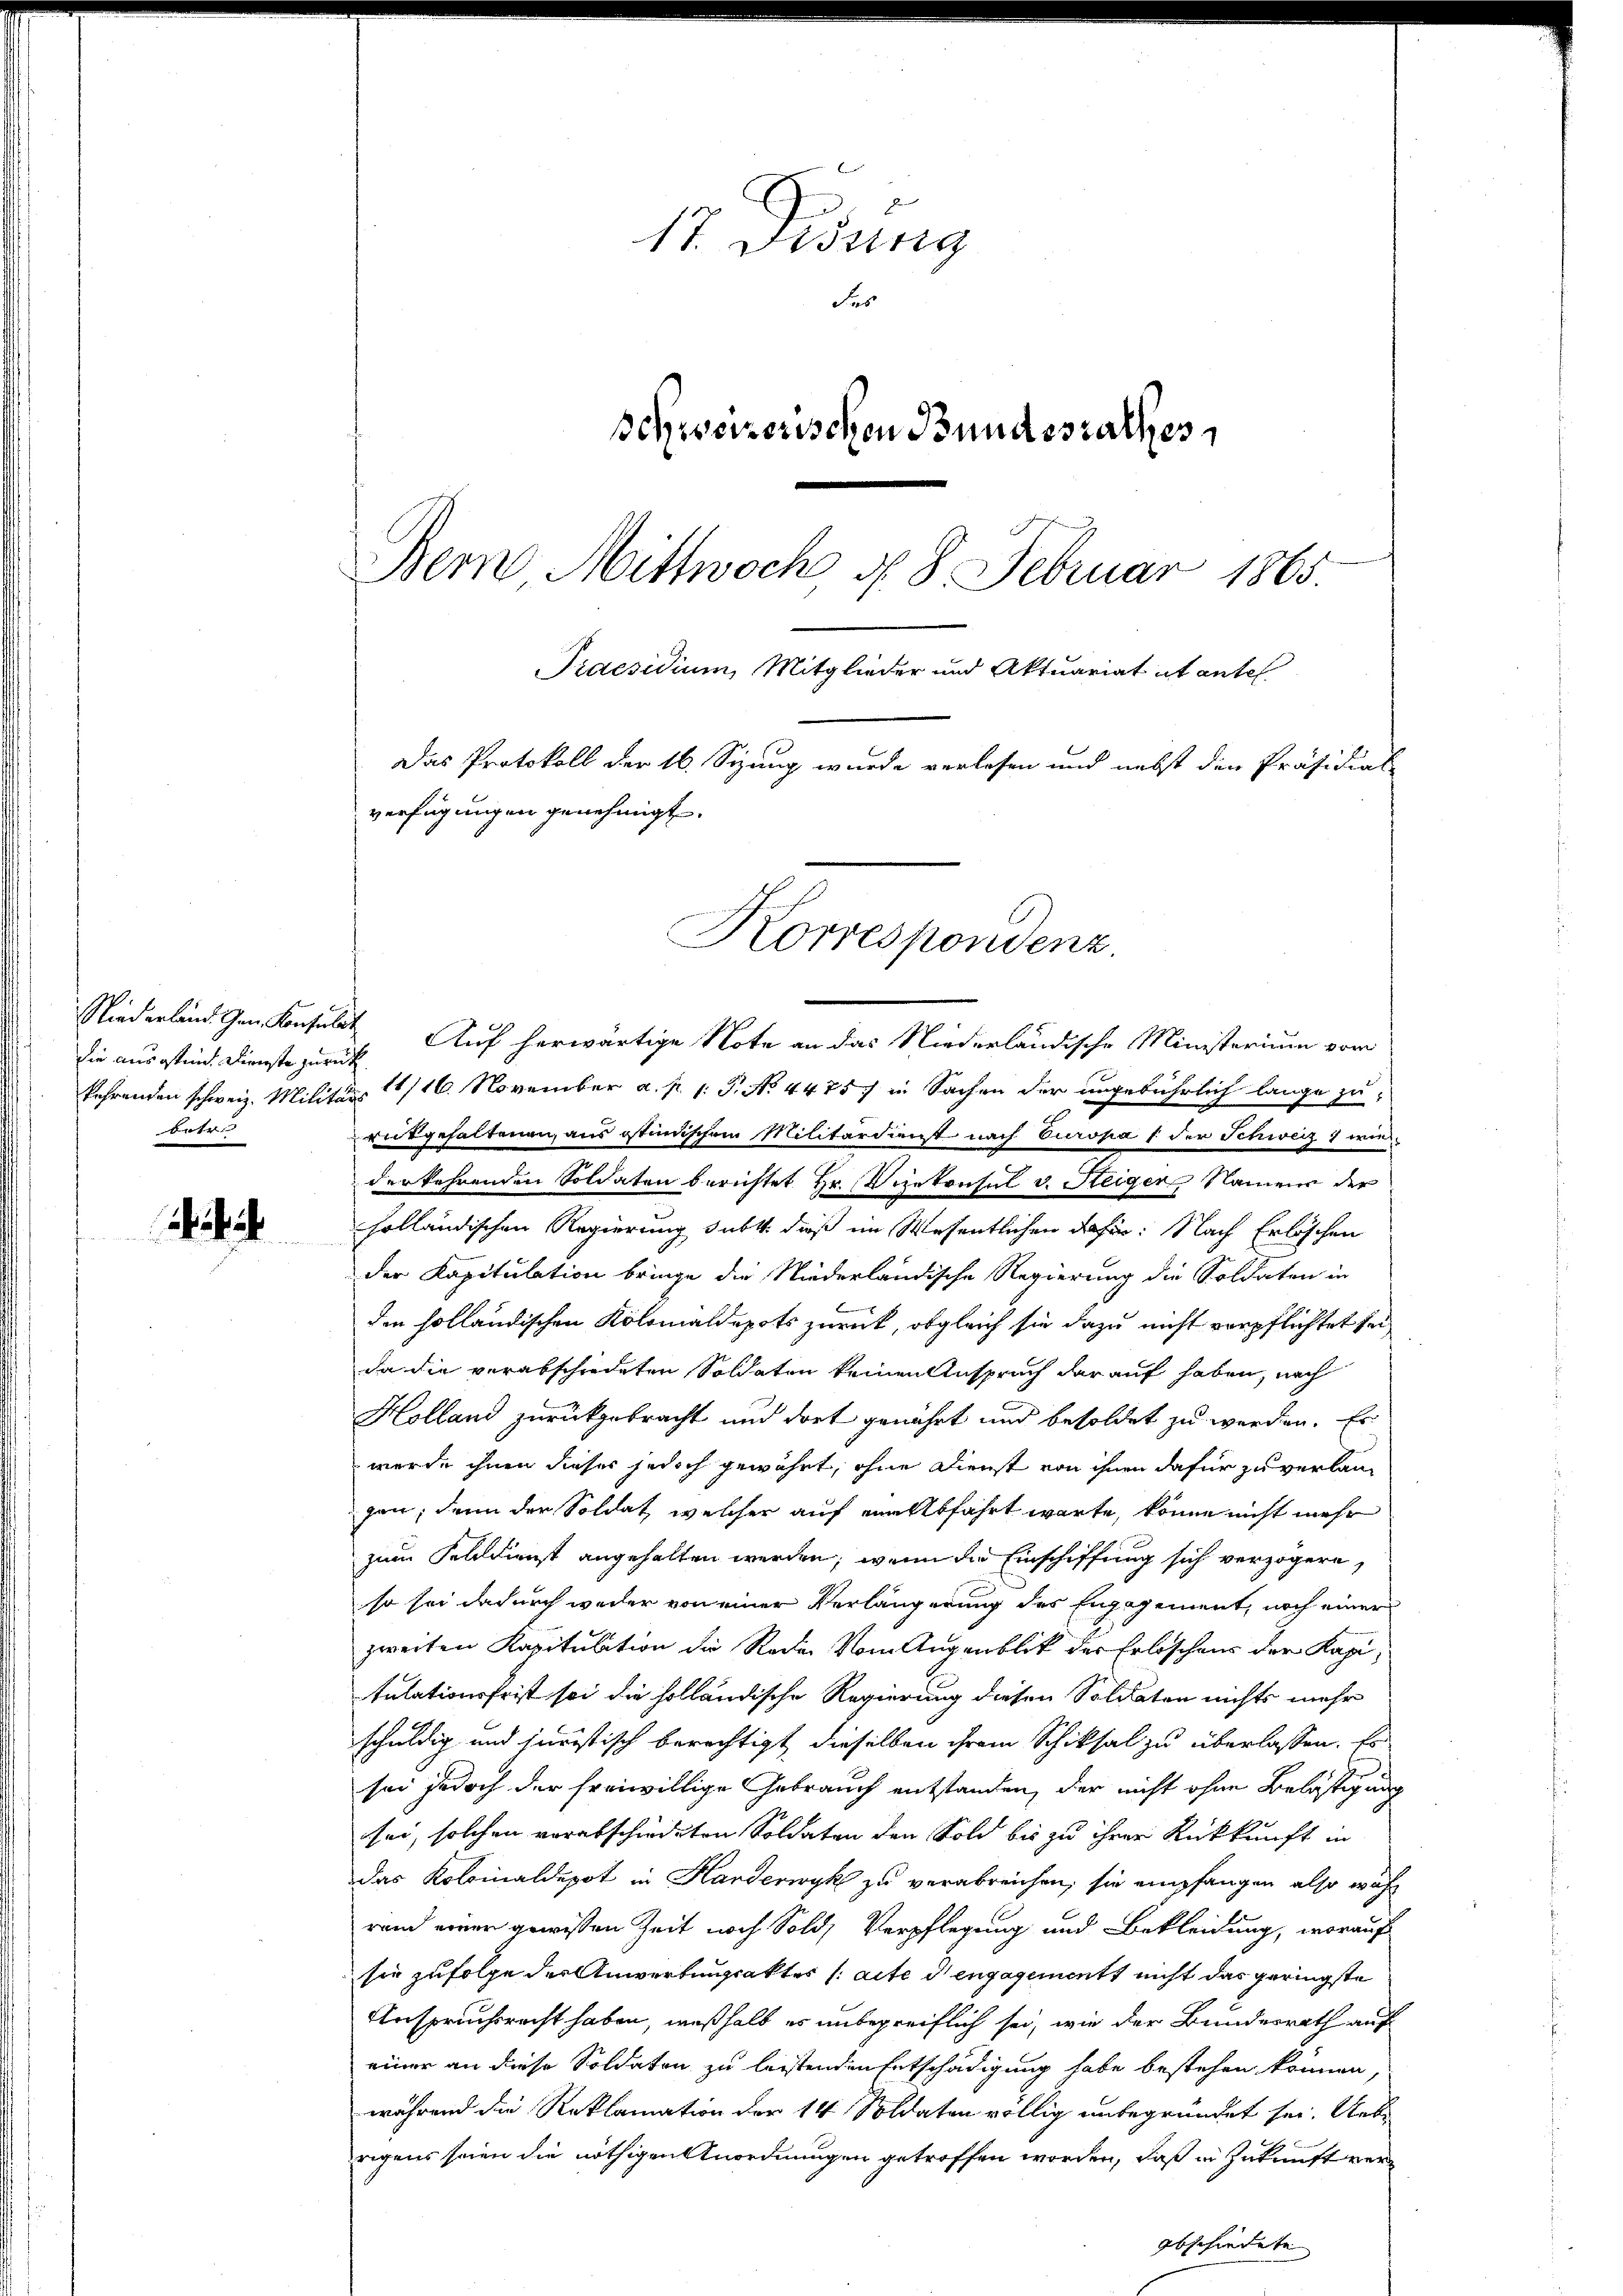
ie aussten. Dienste zurück
batr

17. Desing
des
schweizerischen Bundesrathes
Bern Mittwoch d. 8. Februar 1865.
Praesidium, Mitglieder und Aktuariat et antel
Das Protokoll der 16. Seung wurde verlesen und nebst den Präsidial-
verfügungen genehmigt.

Niederland Gen. Konsulat Auf herwärtige Note an das Niederländische Ministerium vom
fahrenden schweiz. Militärs 11/16. November a. p. 1. P. No 4475. in Sachen der angebührlich lange zu
reitgehaltenen, aus istindischem Militärdienst nach Europas der Schweiz 1 wie
derkehrenden Soldaten berichtet Hr. Vizekonsul v. Steiger Namens der
holländischen Regierung subtt. dieß im Wesentlichen dahin: Nach Erlöschen
der Kapitulation bringe die Niederländische Regierung die Soldaten in
den holländischen Kolomäldepots zurück, obgleich sie dazu nicht verpflichtet sei,
da die verabschredeten Soldaten keinen Anspruch darauf haben, nach
Holland zurückgebracht und dort genährt und besoldet zu werden. Es
wurde ihnen dieses jedoch gewährt, ohne Dienst von ihnen dafür zu verlangan, denn der Soldat, welcher auf eine Abfahrt warte, könne nicht mehr
zum Felldienst angehalten werden, wenn die Einschiffung sich verzögern,
so sei dadurch weder von einer Verlängerung des Engagement, noch einer
zweiten Kapitulation die Rede Vom Augenblik des Erlöschens der Kapitulationsfrist sei die holländische Regierung diesen Soldaten nichts mehr
schuldig und juristisch berechtigt dieselben ihrem Schicksal zu überlassen. Es
sei jedoch der freiwillige Gebrauch entstanden, der nicht ohne Belästigung
sei, solchen verabschiedeten Soldaten den Sold bis zu ihrer Rückkunft in
das Kolinaldepot in Harderwyk zu verabreichen, sie empfangen also währ
rand einen gewissen Zeit noch Sold, Verpflegung und Bekleidung, worauf
sie zufolge der Anwerbungsakter (alte dengagements nicht das geringste
Anspruchsrecht haben, weßhalb es unbegreiflich sei, wie der Bundesrath auf
einer an diese Soldaten zu leistenden Entschädigung habe bestehen können,
während die Reklamation der 14 Soldaten völlig unbegründet sei. Uebe
rigens seien die nöthigen Anordnungen getroffen worden, daß in Zukunft vergbschiedete

Korrespondenz.